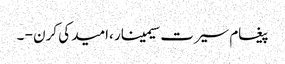
پیغام سیرت سیمینار ،امید کی کرن - ۔